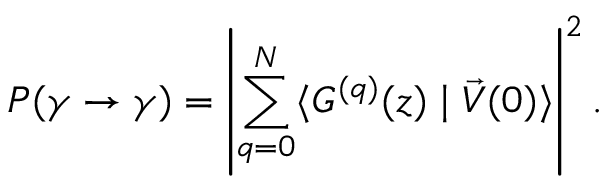
P ( \gamma \rightarrow \gamma ) = \left| \sum _ { q = 0 } ^ { N } \langle G ^ { ( q ) } ( z ) \mid \vec { \cal V } ( 0 ) \rangle \right| ^ { 2 } .